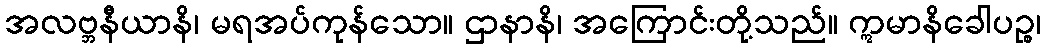
အလဗ္ဘနီယာနိ၊ မရအပ်ကုန်သော။ ဌာနာနိ၊ အကြောင်းတို့သည်။ ဣမာနိခေါပဉ္စ၊